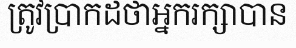
ត្រូវប្រាកដថាអ្នករក្សាបាន